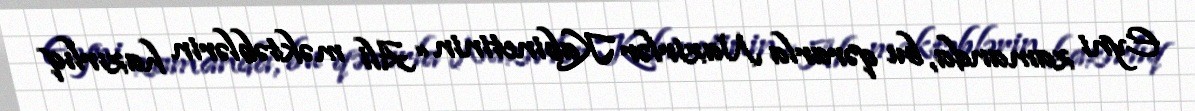
Eyni zamanda, bu qərarla Nazirlər Kabinetinin “Ali məktəblərin hazırlıq